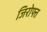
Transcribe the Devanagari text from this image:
जिरोफ्त